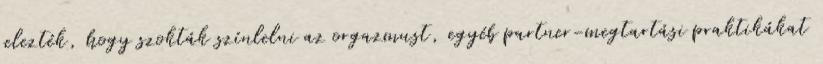
jelezték, hogy szokták színlelni az orgazmust, egyéb partner-megtartási praktikákat